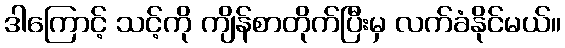
ဒါကြောင့် သင့်ကို ကျိန်စာတိုက်ပြီးမှ လက်ခံနိုင်မယ်။